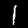
Label: 1